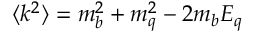
\langle k ^ { 2 } \rangle = m _ { b } ^ { 2 } + m _ { q } ^ { 2 } - 2 m _ { b } E _ { q }